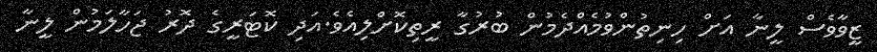
ޒީވާވެސް ލީނާ އަށް ހިނިތުންވުމެއްދެމުން ބުރުގާ ރީތިކޮށްލިއެވެ.އަދި ކޮޓަރީގެ ދޮރު ޖަހާލަމުން ލީނާ